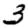
Digit: 3